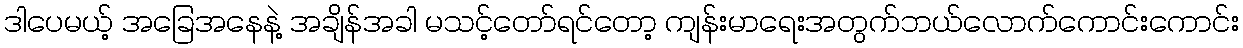
ဒါပေမယ့် အခြေအနေနဲ့ အချိန်အခါ မသင့်တော်ရင်တော့ ကျန်းမာရေးအတွက်ဘယ်လောက်ကောင်းကောင်း